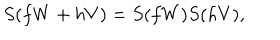
LaTeX: S ( f W + h V ) = S ( f W ) S ( h V ) ,